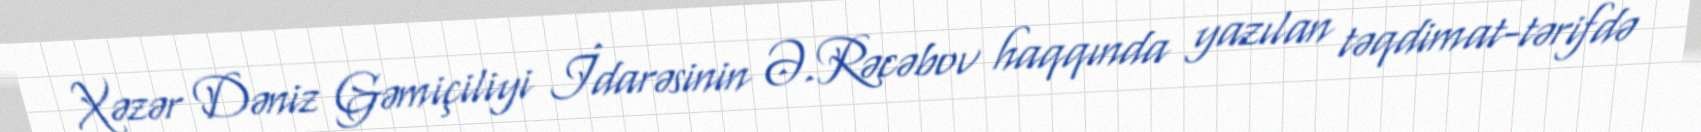
Xəzər Dəniz Gəmiçiliyi İdarəsinin Ə.Rəcəbov haqqında yazılan təqdimat-tərifdə